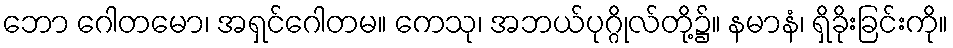
ဘော ဂေါတမော၊ အရှင်ဂေါတမ။ ကေသု၊ အဘယ်ပုဂ္ဂိုလ်တို့၌။ နမာနံ၊ ရှိခိုးခြင်းကို။